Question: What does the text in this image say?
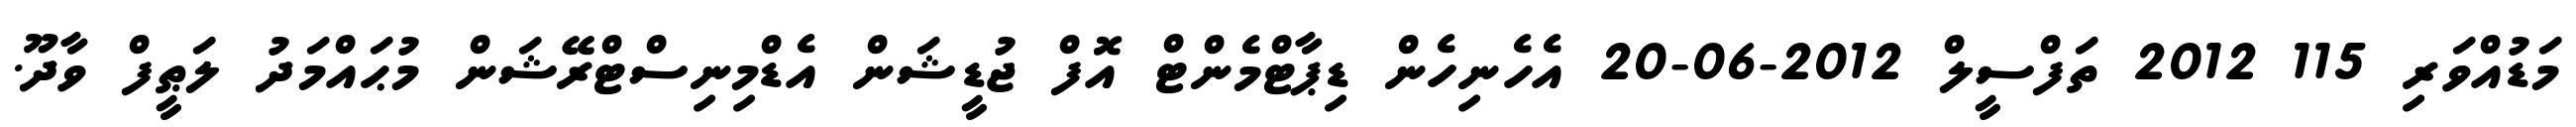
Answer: މަޑުއްވަރި 115 2012 ތަފްސީލް 2012-06-20 އެހެނިހެން ޑިޕާޓްމެންޓް އޮފް ޖުޑީޝަން އެޑްމިނިސްޓްރޭޝަން މުޙައްމަދު ލަޠީފް ވާދޫ.